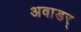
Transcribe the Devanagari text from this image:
अवाडर्